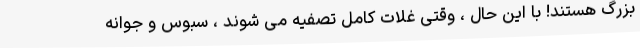
بزرگ هستند! با این حال ، وقتی غلات کامل تصفیه می شوند ، سبوس و جوانه